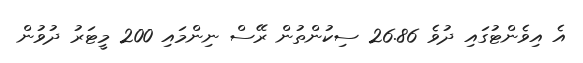
އެ އިވެންޓުގައި ދުވެ 26.86 ސިކުންތުން ރޭސް ނިންމައި 200 މީޓަރު ދުވުން